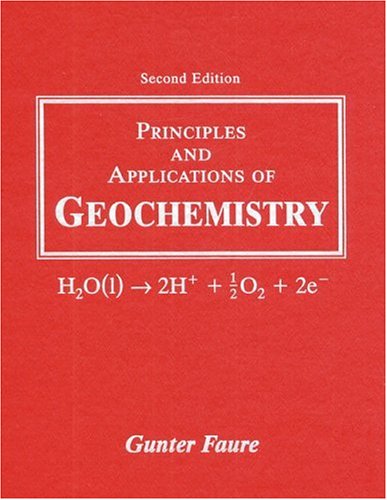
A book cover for Principles and Applications of Geochemistry (2nd Edition); Gunter Faure; Science & Math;